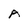
Character: A